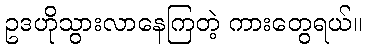
ဥဒဟိုသွားလာနေကြတဲ့ ကားတွေရယ်။